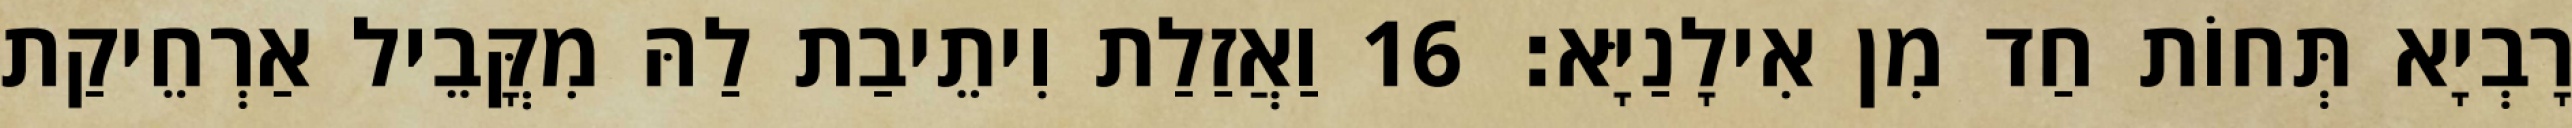
רָבְיָא תְּחוֹת חַד מִן אִילָנַיָּא׃ 16 וַאֲזַלַת וִיתֵיבַת לַהּ מִקֳּבֵיל אַרְחֵיקַת